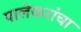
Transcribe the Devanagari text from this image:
पालेकरांचा